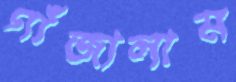
গাঁজালাম